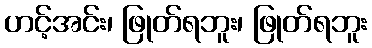
ဟင့်အင်း၊ ဖြုတ်ရဘူး၊ ဖြုတ်ရဘူး